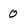
Character: 0